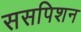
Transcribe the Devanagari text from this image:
ससपिशन